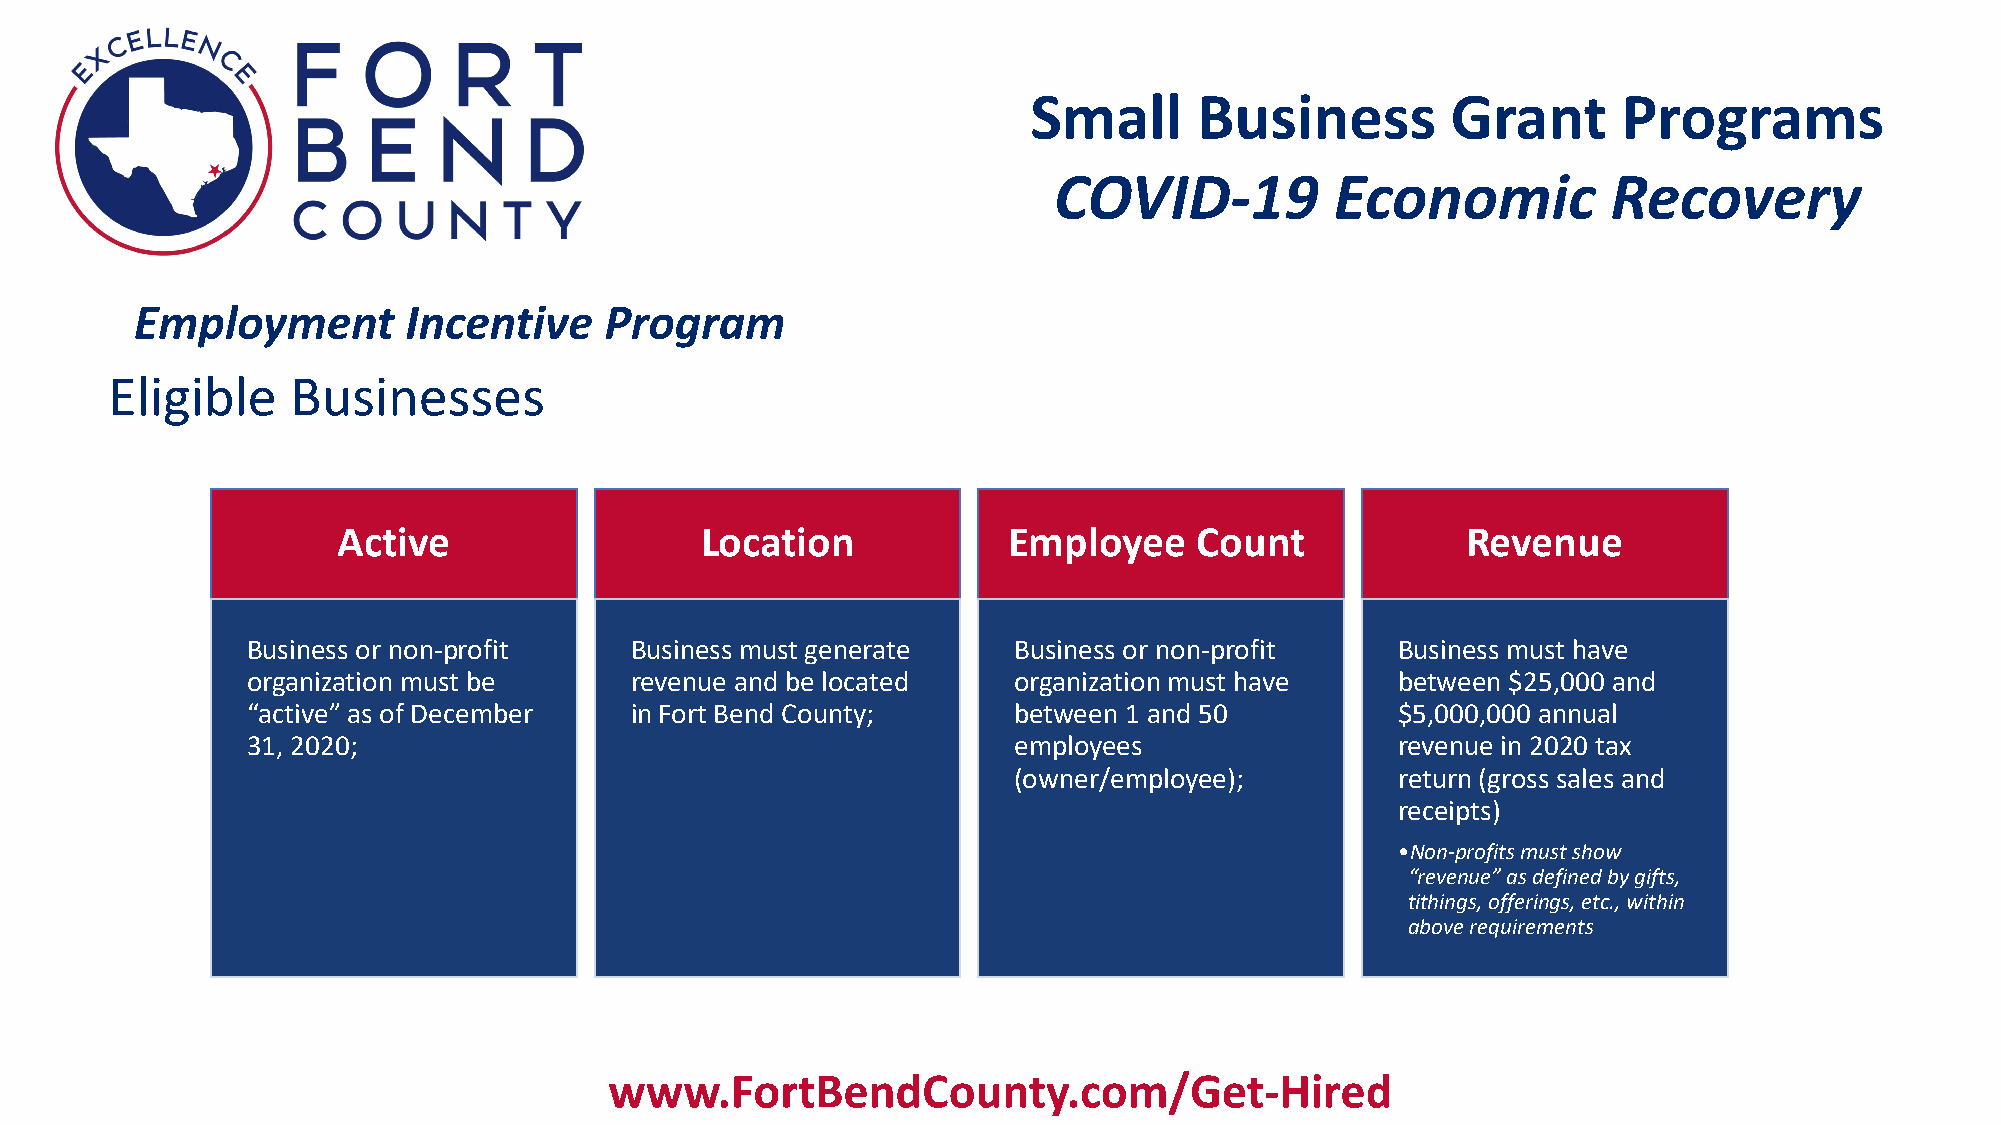
Small      Business         Grant      Programs
 COVID-19          Economic           Recovery
 Employment        Incentive    Program
 Eligible    Businesses
 Active                  Location             Employee    Count             Revenue
 Business or non-profit    Business must generate   Business or non-profit    Business must have
 organization must be      revenue and be located   organization must have    between $25,000 and
 “active” as of December   in Fort Bend County;     between 1 and 50          $5,000,000 annual
 31, 2020;                                          employees                 revenue in 2020 tax
 (owner/employee);         return (gross sales and
 receipts)
 •Non-profits must show
 “revenue” as defined by gifts,
 tithings, offerings, etc., within
 above requirements
 www.FortBendCounty.com/Get-Hired